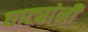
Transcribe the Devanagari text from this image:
घाट्यांनी